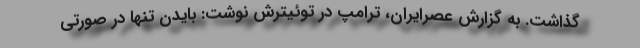
گذاشت. به گزارش عصرایران، ترامپ در توئیترش نوشت: بایدن تنها در صورتی